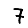
Digit: 7